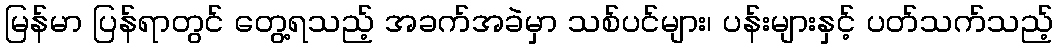
မြန်မာ ပြန်ရာတွင် တွေ့ရသည့် အခက်အခဲမှာ သစ်ပင်များ၊ ပန်းများနှင့် ပတ်သက်သည့်